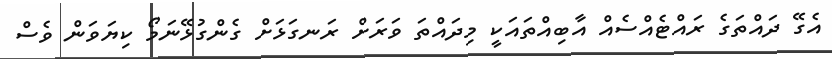
އެގޭ ދައްތަގެ ރައްޓެއްސެއް އާބިއްތައަކީ މިދައްތަ ވަރަށް ރަނގަޅަށް ގެންގުޅޭނަމޯ ކިޔަވަން ވެސް